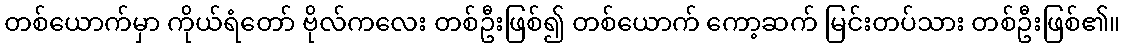
တစ်ယောက်မှာ ကိုယ်ရံတော် ဗိုလ်ကလေး တစ်ဦးဖြစ်၍ တစ်ယောက် ကော့ဆက် မြင်းတပ်သား တစ်ဦးဖြစ်၏။